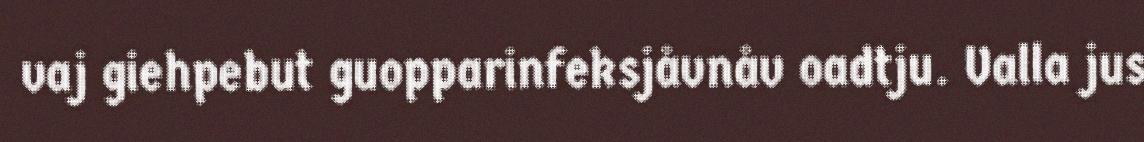
vaj giehpebut guopparinfeksjåvnåv oadtju. Valla jus